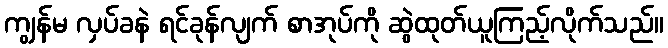
ကျွန်မ လှပ်ခနဲ ရင်ခုန်လျက် စာအုပ်ကို ဆွဲထုတ်ယူကြည့်လိုက်သည်။